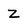
Character: Z